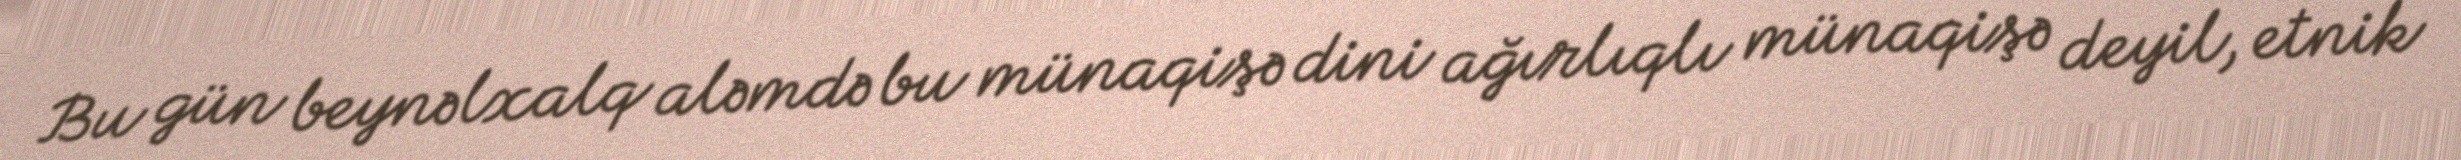
Bu gün beynəlxalq aləmdə bu münaqişə dini ağırlıqlı münaqişə deyil, etnik